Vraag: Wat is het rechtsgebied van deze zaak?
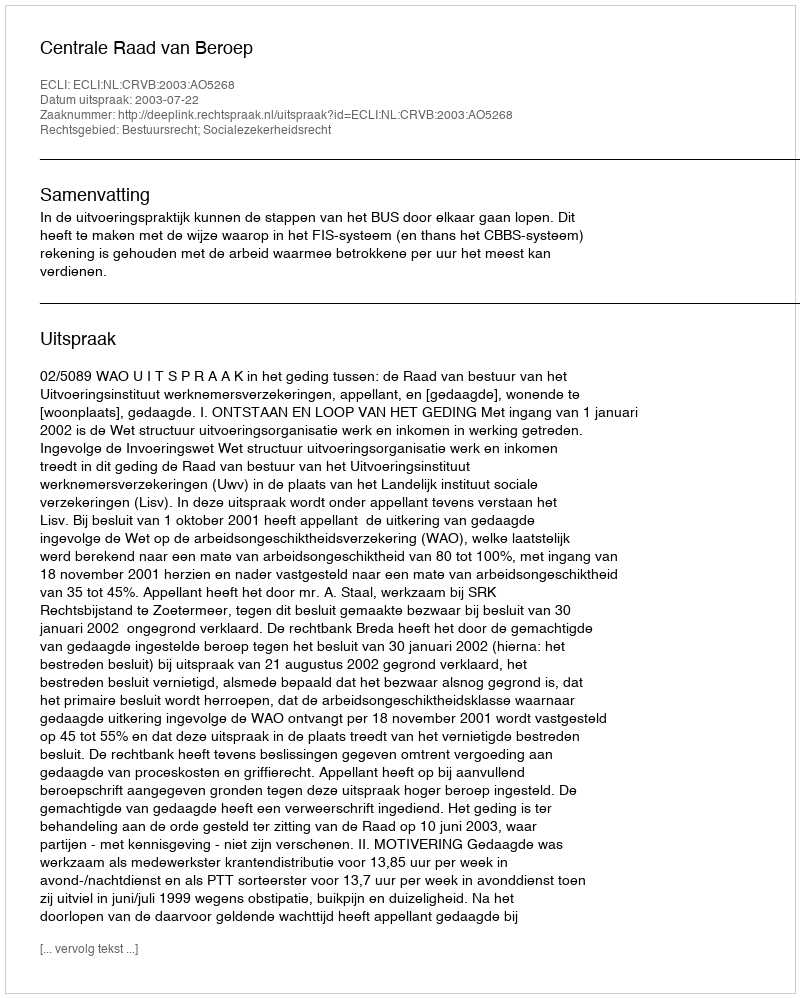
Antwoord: Bestuursrecht; Socialezekerheidsrecht